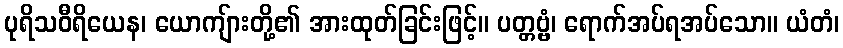
ပုရိသဝီရိယေန၊ ယောကျ်ားတို့၏ အားထုတ်ခြင်းဖြင့်။ ပတ္တဗ္ဗံ၊ ရောက်အပ်ရအပ်သော။ ယံတံ၊